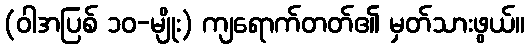
(ဝါအပြစ် ၁၀-မျိုး) ကျရောက်တတ်၏ မှတ်သားဖွယ်။